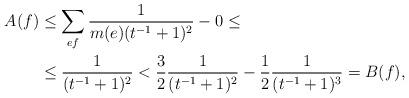
LaTeX: \begin{align*}A(f) &\le \sum_{ef}\frac{1}{m(e)(t^{-1}+1)^2} - 0 \le\\&\le \frac{1}{(t^{-1}+1)^2} < \frac{3}{2}\frac{1}{(t^{-1}+1)^2} - \frac{1}{2}\frac{1}{(t^{-1}+1)^3} = B(f),\end{align*}